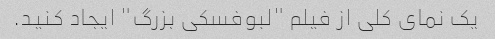
یک نمای کلی از فیلم "لبوفسکی بزرگ" ایجاد کنید.